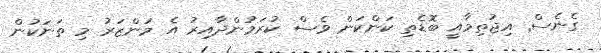
ގެނެސް